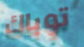
توباك